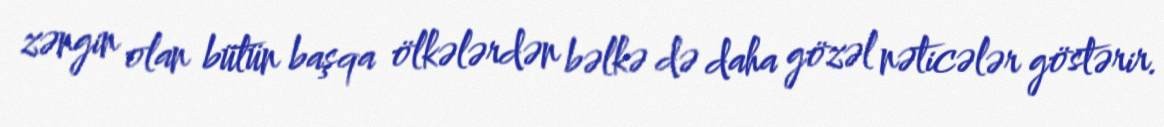
zəngin olan bütün başqa ölkələrdən bəlkə də daha gözəl nəticələr göstərir.